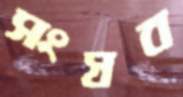
সংস্রব